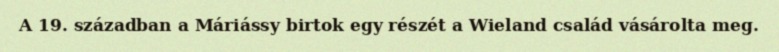
A 19. században a Máriássy birtok egy részét a Wieland család vásárolta meg.